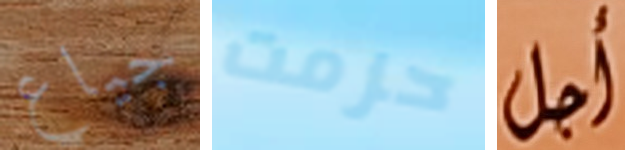
جياع حزمت أجل